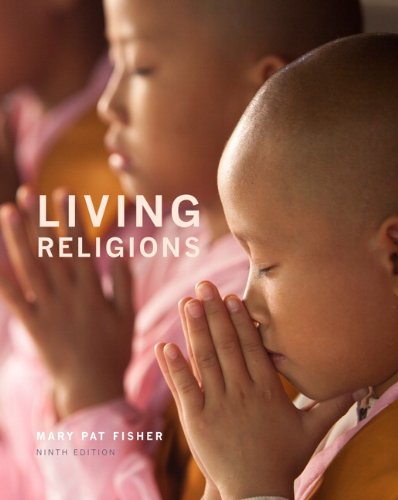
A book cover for Living Religions (9th Edition); Mary Pat Fisher; Religion & Spirituality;